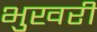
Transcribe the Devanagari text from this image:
भुखरी